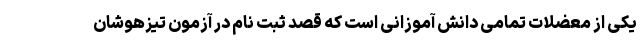
یکی از معضلات تمامی دانش آموزانی است که قصد ثبت نام در آزمون تیزهوشان